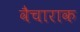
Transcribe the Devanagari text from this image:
वैचाराक